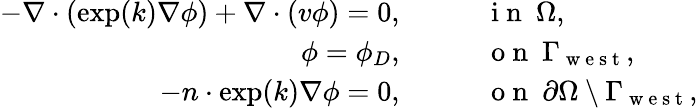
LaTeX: \begin{array}{rl}{-\nabla\cdot(\exp(k)\nabla\phi)+\nabla\cdot(v\phi)=0,}&{{}\qquad\mathrm{~i~n~}\ \Omega,}\\ {\phi=\phi_{D},}&{{}\qquad\mathrm{~o~n~}\ \Gamma_{\mathrm{~w~e~s~t~}},}\\ {-n\cdot\exp(k)\nabla\phi=0,}&{{}\qquad\mathrm{~o~n~}\ \partial\Omega\setminus\Gamma_{\mathrm{~w~e~s~t~}},}\end{array}